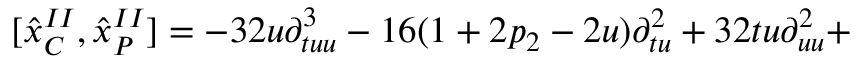
\lbrack { \hat { x } } _ { C } ^ { I I } , { \hat { x } } _ { P } ^ { I I } ] = - 3 2 u \partial _ { t u u } ^ { 3 } - 1 6 ( 1 + 2 p _ { 2 } - 2 u ) \partial _ { t u } ^ { 2 } + 3 2 t u \partial _ { u u } ^ { 2 } +